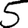
Digit: 5